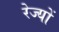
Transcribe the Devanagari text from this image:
रेज्यों